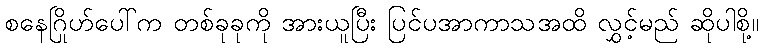
စနေဂြိုဟ်ပေါ်က တစ်ခုခုကို အားယူပြီး ပြင်ပအာကာသအထိ လွှင့်မည် ဆိုပါစို့။